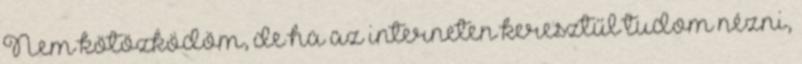
Nem kötözködöm, de ha az interneten keresztűl tudom nézni,